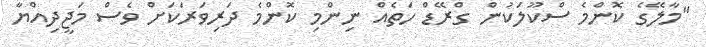
"މާލޭގެ ކޮންމެ ސްކޫލަކުން ގްރޭޑް ހަތެއް ނިންމި ކޮންމެ ދަރިވަރަކަށް ވެސް މަޖީދިއްޔާ